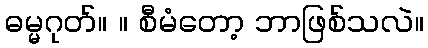
ဓမ္မဂုတ်။ ။ စီမံတော့ ဘာဖြစ်သလဲ။